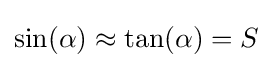
\sin(\alpha )\approx \tan(\alpha )=S